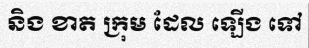
និង ខាត ក្រុម ដែល ឡើង ទៅ